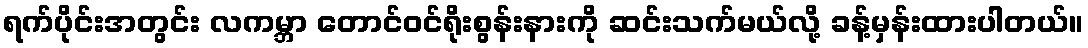
ရက်ပိုင်းအတွင်း လကမ္ဘာ တောင်ဝင်ရိုးစွန်းနားကို ဆင်းသက်မယ်လို့ ခန့်မှန်းထားပါတယ်။